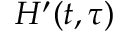
H ^ { \prime } ( t , \tau )